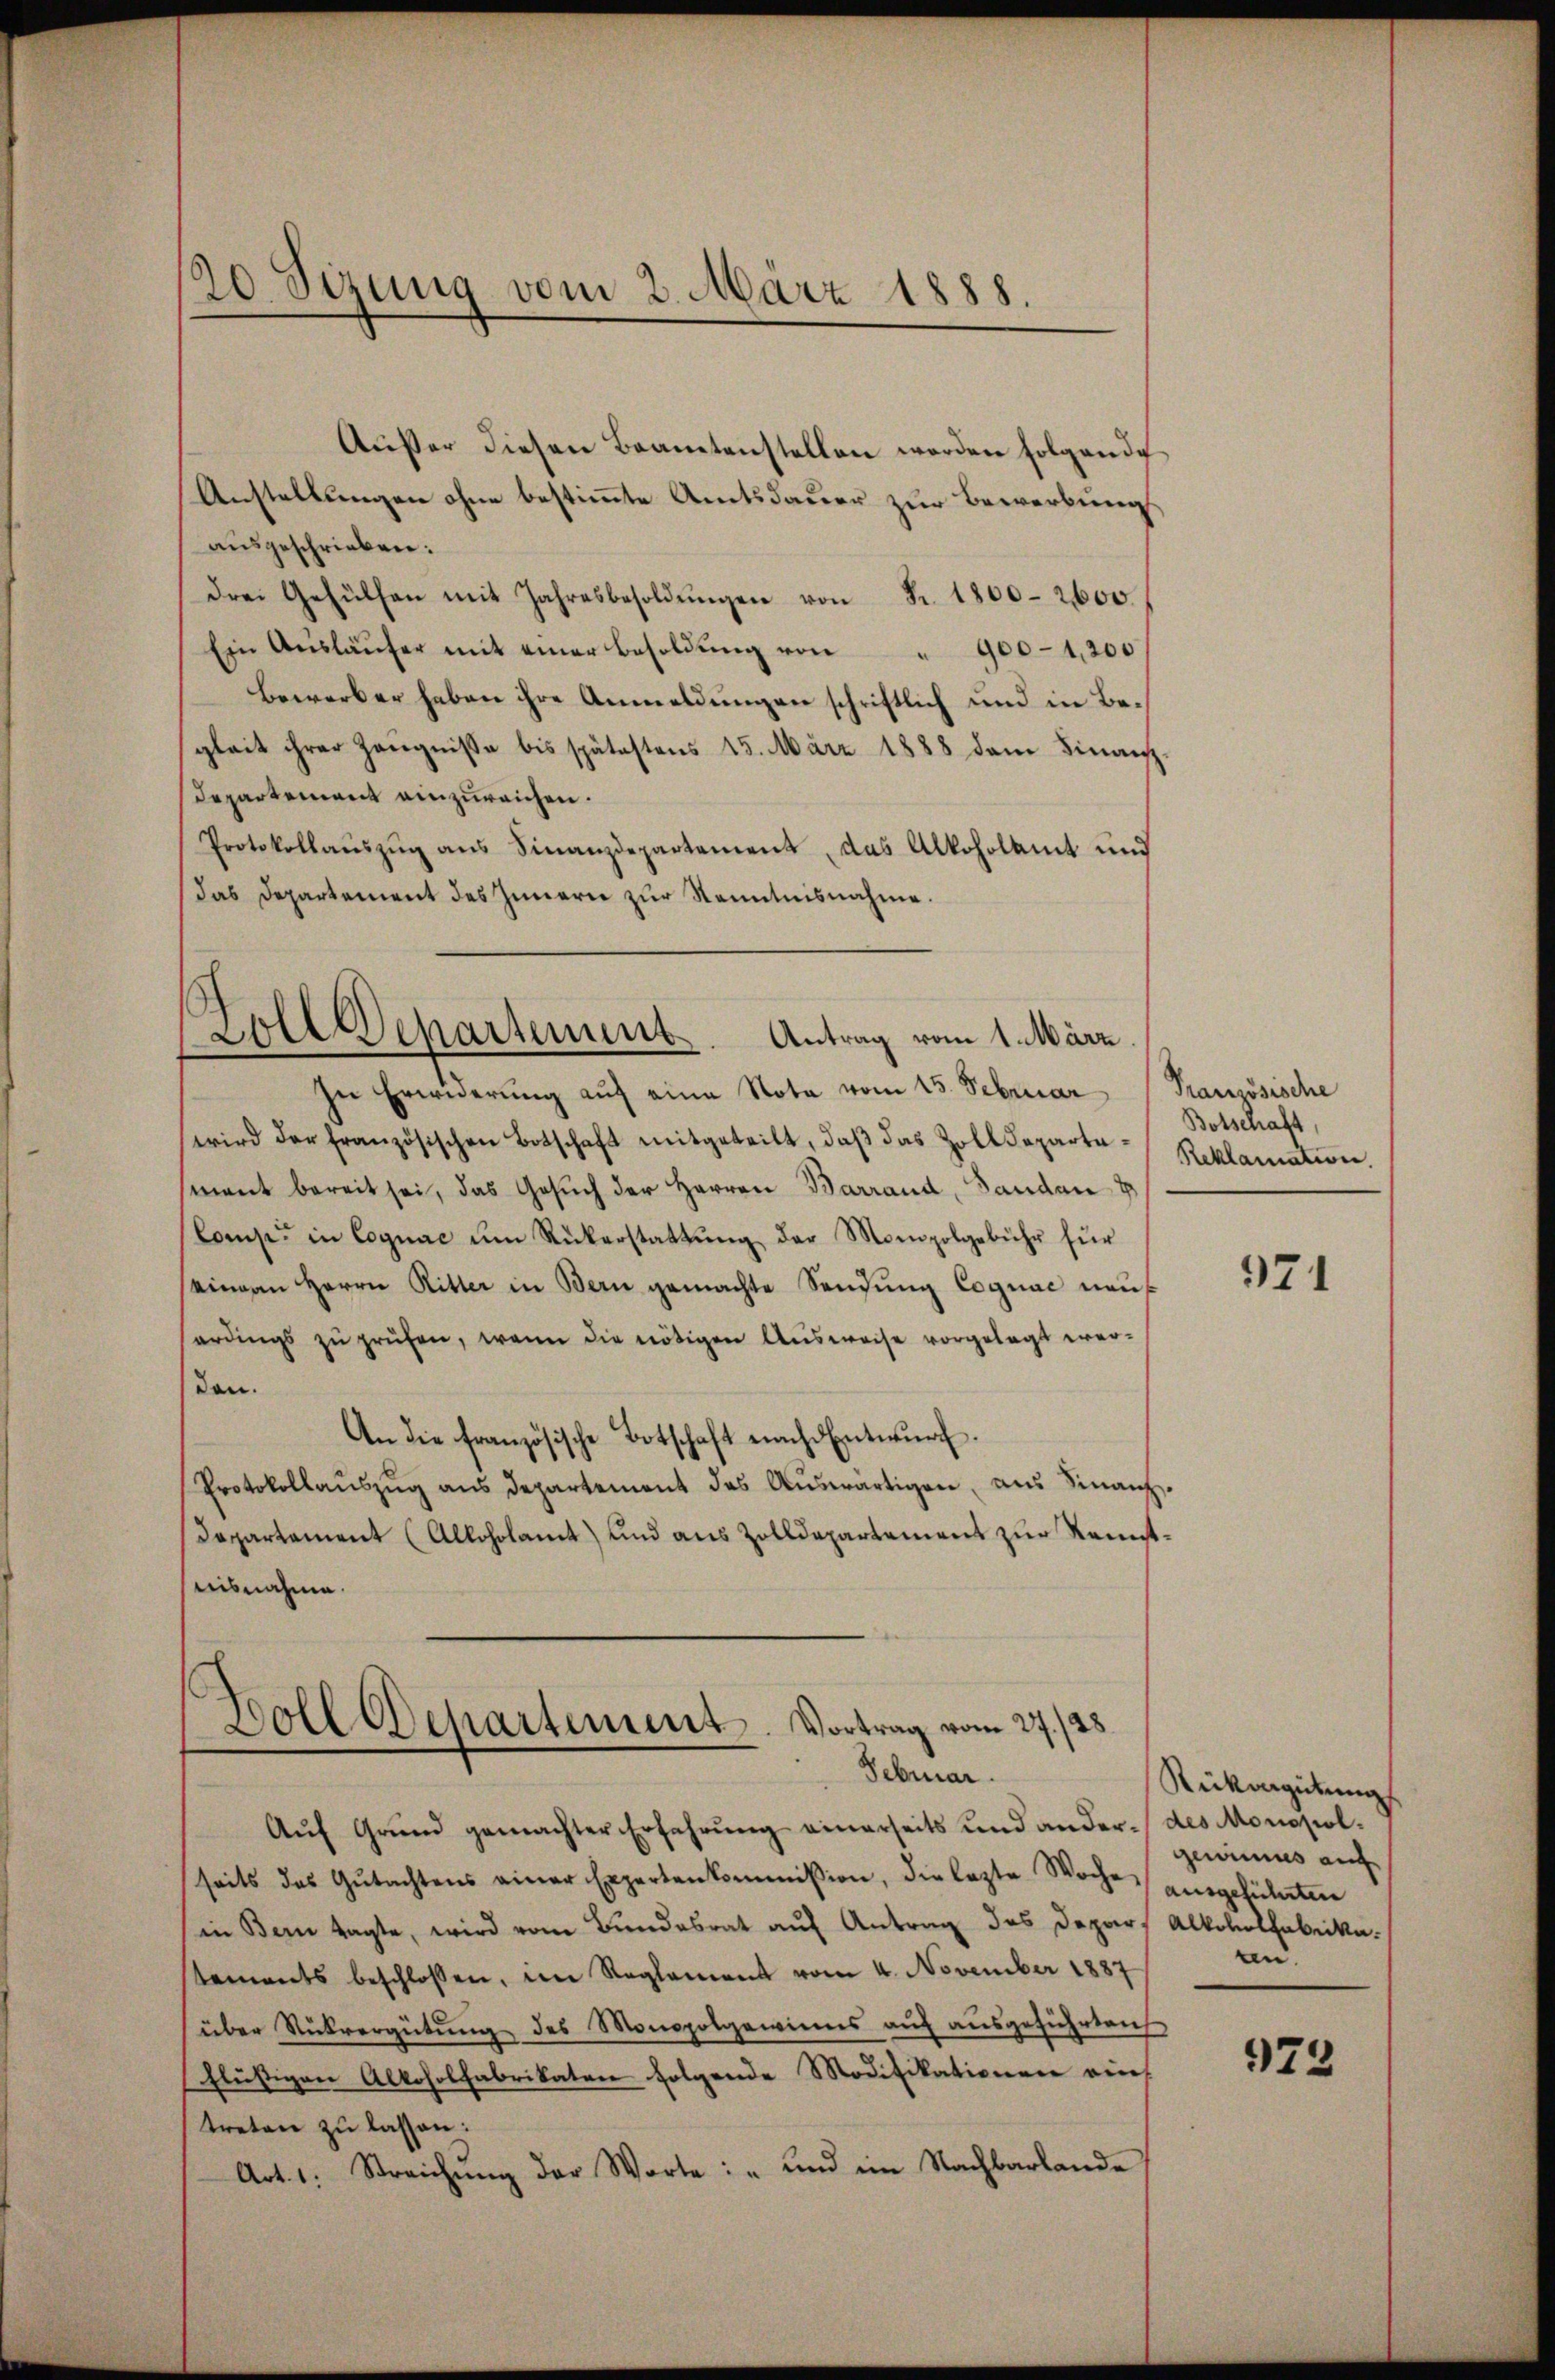
20 Sizung vom 2. März 1888.

Außer diesen Beamtenstellen werden folgende
Anstellungen ohne bestimmte Amtsdauer zur Bewerbungs
aŭsgeschrieben:
drei Gehülfen mit Jahresbesoldŭngen von Fr. 1800-2600.
Ein Aŭsläŭfer mit einer Besoldŭng von " 900-1,200
Bewerber haben ihre Anmeldungen schriftlich und in Begleit ihrer Zeugnisse bis spätestens 15. März 1888 dem Finanz
Departement einzureichen.
Protokollauszug aus Finanzdepartement, das Alkoholamt und
Das Departement des Innern zur Kenntnisnahme.

Zoll Departement. Antrag vom 1. März

Boll Departement. Vortrag vom 27./28.
Febuar.

In Erwiderung auf eine Nota vom 15. Februar (Pranzösische
wird der französischen Botschaft mitgeteilt, daβ das Zolldepartamant bereit sei, das Gesŭch der Herren Barrand, Bandant
Comp. in Cognac um Rükerstattung der Monopolgebühr für
seinen Herrn Ritter in Bern gemachte Sendung Cognac neuerdings zu prüfen, wenn die nötigen Ausweise vorgelegt werden.
An die französische Botschaft nach Entwŭrf.
Protokollaŭszŭg ans departement das Aŭswärtigen, aus Sinanz
Departament (Alloholamt und aus Zolldepartement zur Kenntnisnahme.

Botschaft,
Reklamation.

Aŭf Grŭnd gemachter Erfahrŭng einerseits und ander- des Monopolseits des Gŭtachtens einer Expertenkommission, die lezte Woche ausgeführten
in Bern tagte, wird vom Bundesrat auf Antrag des Depart Alkoholfabrikatements beschlossen, im Reglement vom 4. November 1887
über Rückvergütŭng des Monopolgewinns aŭf aŭsgeführten
flüssigen Alkoholfabrikaten folgende Modifikationen rich
treten zu lassen:
Art. 1. Streichŭng der Worte: „und im Nachbarlande

971

Rickergütung
gewinnes auf
ten.

973